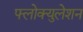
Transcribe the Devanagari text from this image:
फ्लोक्युलेशन